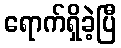
ရောက်ရှိခဲ့ပြီ